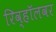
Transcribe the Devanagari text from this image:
रिव्हॉलवर